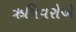
ઋષિવરોએ